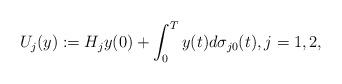
LaTeX: \begin{align*}U_j(y):=H_j y(0)+\int_0^T y(t)d\sigma_{j0}(t),j=1,2,\end{align*}